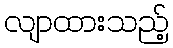
လျာထားသည့်